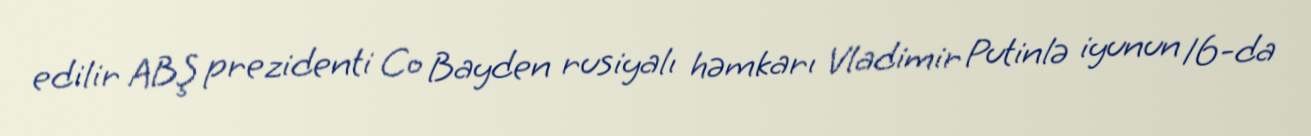
edilir ABŞ prezidenti Co Bayden rusiyalı həmkarı Vladimir Putinlə iyunun 16-da